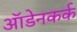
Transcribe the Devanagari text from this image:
ऑडेनकर्क